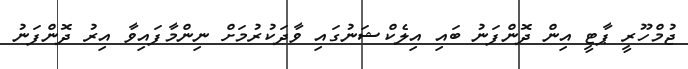
ޖުމްހޫރީ ޕާޓީ އިން ދޮންފަނު ބައި އިލެކްޝަނުގައި ވާދަކުރުމަށް ނިންމާފައިވާ އިރު ދޮންފަނު